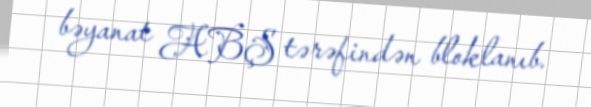
bəyanat ABŞ tərəfindən bloklanıb.